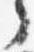
言